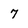
Character: 7